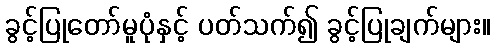
ခွင့်ပြုတော်မူပုံနှင့် ပတ်သက်၍ ခွင့်ပြုချက်များ။